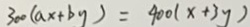
3 0 0 ( a x + b y ) = 4 0 0 ( x + 3 y )